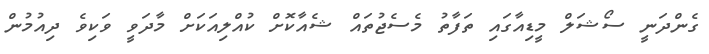
ގެންދަނީ ސޯޝަލް މީޑިއާގައި ތަފާތު މެސެޖުތައް ޝެއާކޮށް ކުއްލިއަކަށް މާދަވީ ވަކިވެ ދިއުމުން